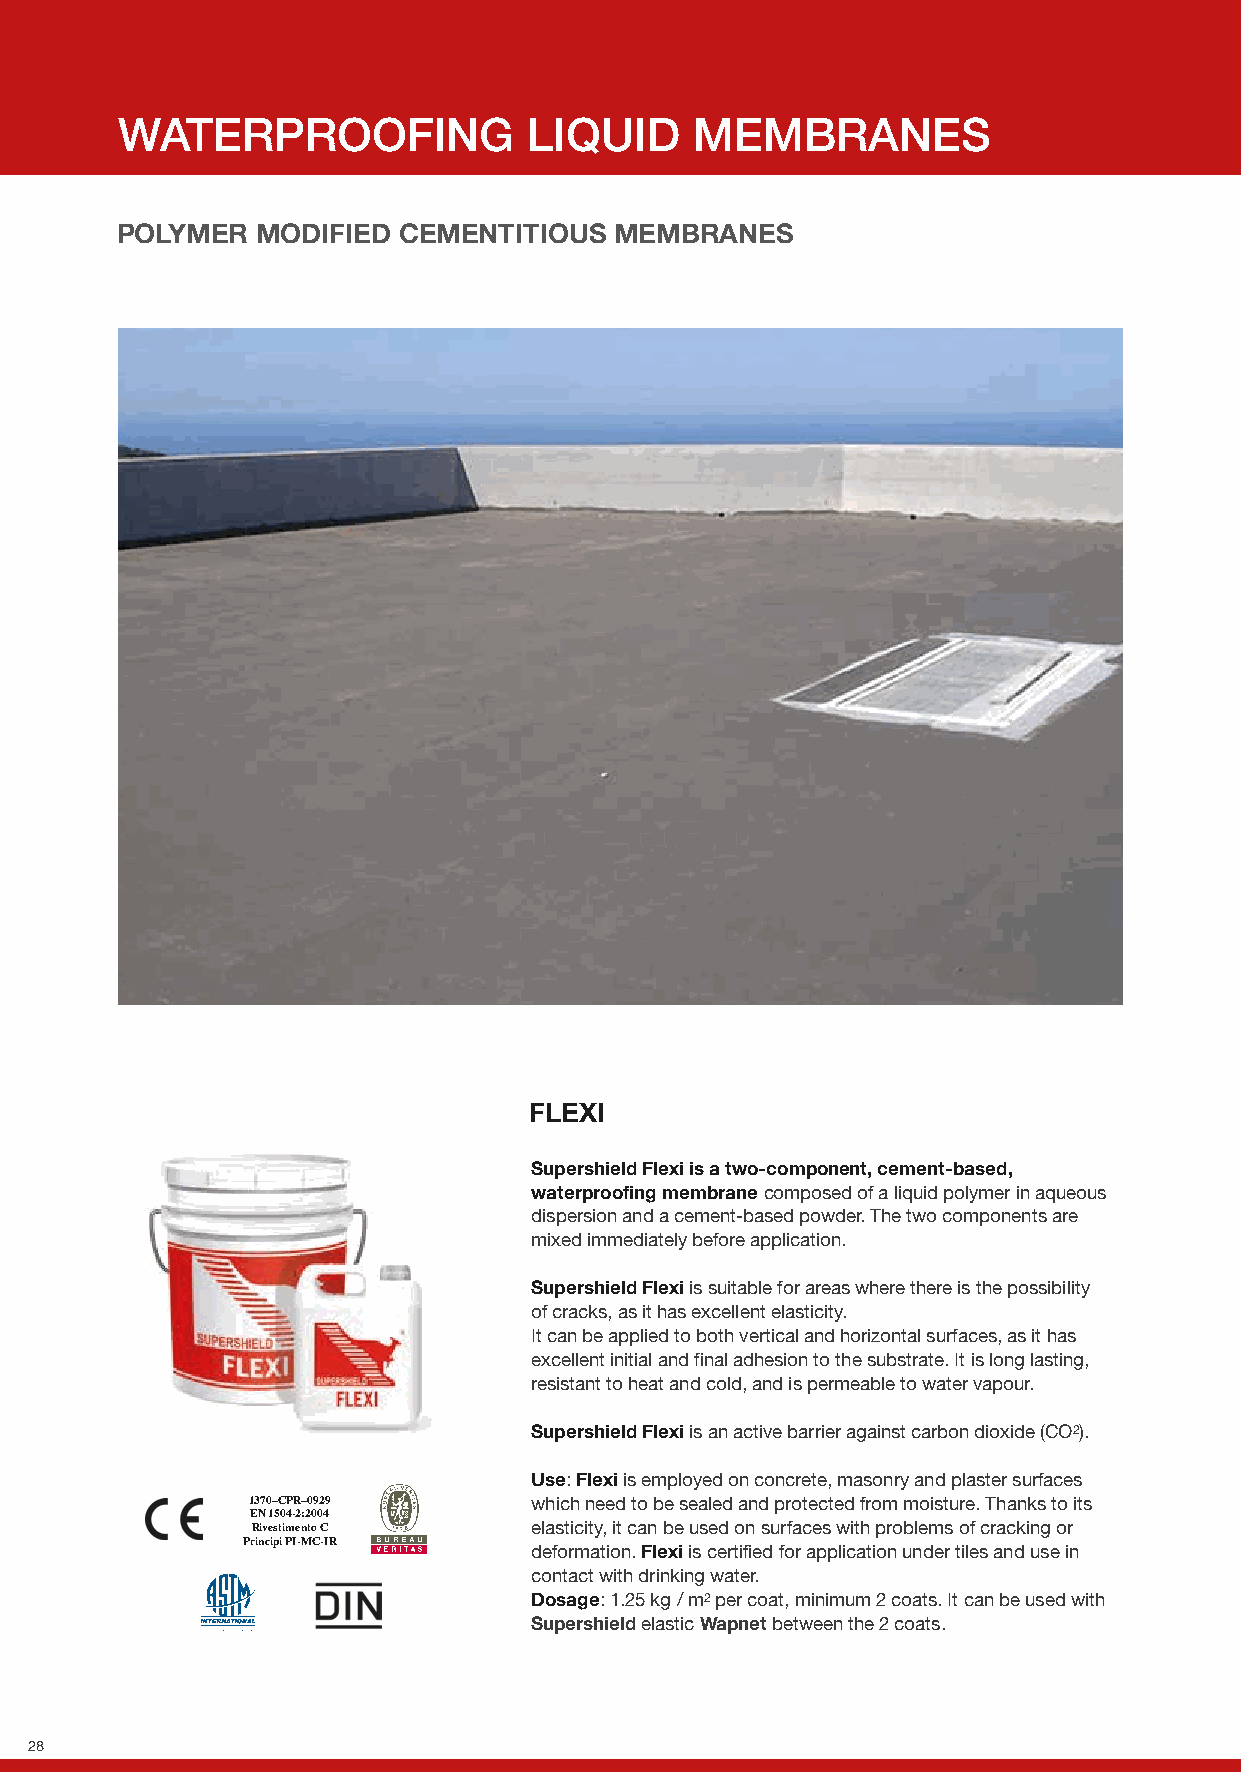
WATERPROOFING              LIQUID     MEMBRANES
 POLYMER  MODIFIED CEMENTITIOUS   MEMBRANES
 FLEXI
 Supershield Flexi is a two-component, cement-based,
 waterproofing membrane composed of a liquid polymer in aqueous
 dispersion and a cement-based powder. The two components are
 mixed immediately before application.
 Supershield Flexi is suitable for areas where there is the possibility
 of cracks, as it has excellent elasticity.
 It can be applied to both vertical and horizontal surfaces, as it has
 excellent initial and final adhesion to the substrate. It is long lasting,
 resistant to heat and cold, and is permeable to water vapour.
 Supershield Flexi is an active barrier against carbon dioxide (CO2).
 Use: Flexi is employed on concrete, masonry and plaster surfaces
 1370–CPR–0929      which need to be sealed and protected from moisture. Thanks to its
 EN 1504-2:2004
 Rivestimento C    elasticity, it can be used on surfaces with problems of cracking or
 Principi PI-MC-IR
 deformation. Flexi is certified for application under tiles and use in
 contact with drinking water.
 Dosage: 1.25 kg / m2 per coat, minimum 2 coats. It can be used with
 Supershield elastic Wapnet between the 2 coats.
 28